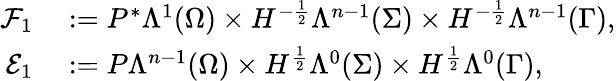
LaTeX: \begin{array}{rl}{\mathcal{F}_{1}}&{{}:=P^{\ast}\Lambda^{1}(\Omega)\times H^{-\frac{1}{2}}\Lambda^{n-1}(\Sigma)\times H^{-\frac{1}{2}}\Lambda^{n-1}(\Gamma),}\\ {\mathcal{E}_{1}}&{{}:=P\Lambda^{n-1}(\Omega)\times H^{\frac{1}{2}}\Lambda^{0}(\Sigma)\times H^{\frac{1}{2}}\Lambda^{0}(\Gamma),}\end{array}